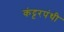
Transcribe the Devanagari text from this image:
कंट्टरपंथी